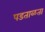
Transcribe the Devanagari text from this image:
पडताळता